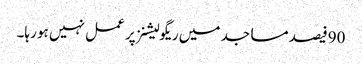
90فیصد مساجد میں ریگولیشنز پر عمل نہیں ہو رہا۔